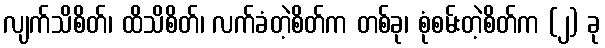
လျက်သိစိတ်၊ ထိသိစိတ်၊ လက်ခံတဲ့စိတ်က တစ်ခု၊ စုံစမ်းတဲ့စိတ်က (၂) ခု